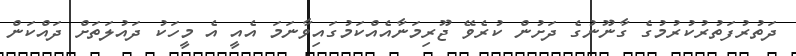
ދަތުރުފަތުރުކުރުމުގެ ގާނޫނުގެ ދަށުން ކުރެވޭ ޖޫރިމަނާއެއްކަމުގައިވާނަމަ އެއީ އެ މީހަކު ދައުލަތަށް ދައްކަން